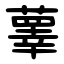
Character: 䕉